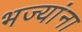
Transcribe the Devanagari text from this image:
भज्यांना